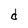
Character: d